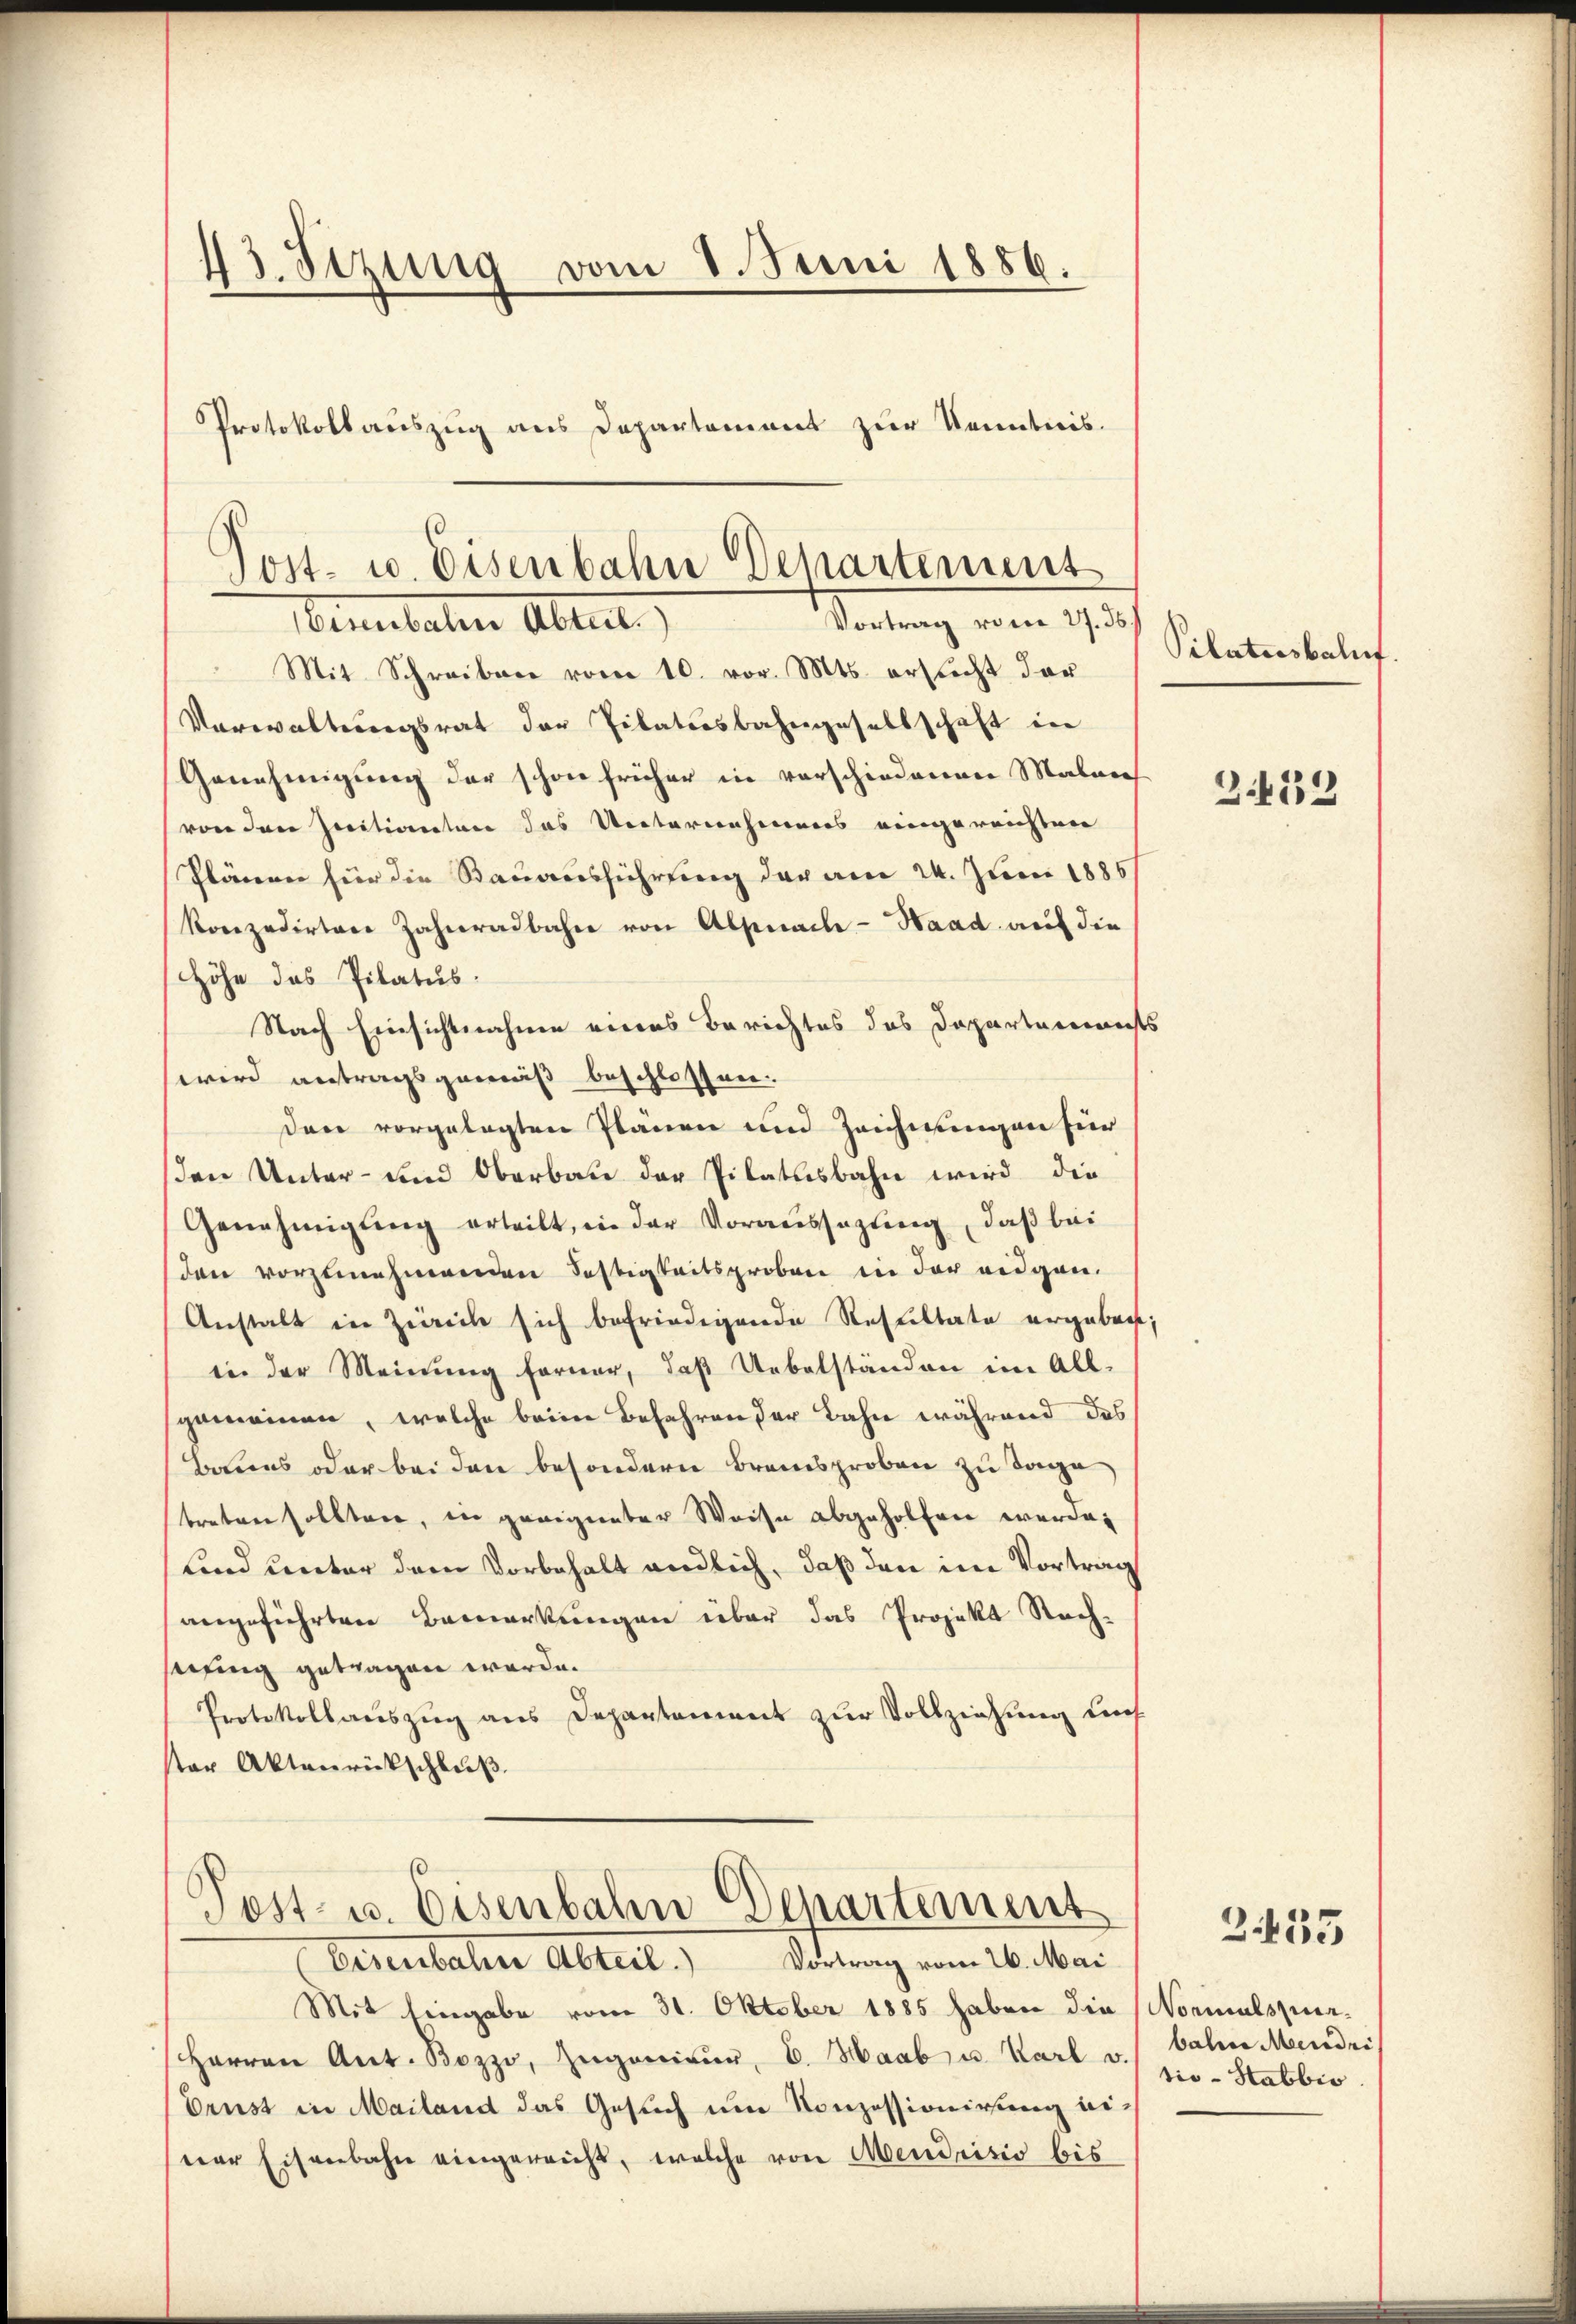
43. Sizung vom 8. Juni 1886.
Protokollauszug aus Departement zur Kenntnis.

Post- u. Eisenbahn Departement
Vortrag vom 27. 36
Menebaten Ableit

Mit Schreiben vom 10. vor. Mts. ersucht der
Verwaltungsrat der Tilatiosbahngesellschaft ein
Genehmigung der schon früher in vorschiedenen Maleres
von den Initianten das Unternehmens eingereichten
Plänen für die Stauausführung der am 24. Juni 1886
konzedirtere Zahnradbahn von Alpnach - Haad auf die
Höhe das Pilatus.
Nach Einsichtnahme eines Berichtes des Departements
wird antragsgemäß beschlossen.
den vorgelegten Plänen und Zeichnungen für
den Unter- und Oberbau der Pilatusbahn wird die
Genehmigŭng erteilt, in der Voraussagung, daß bei
den vorzunehmenden Festigkeitsproben in der eidgan¬
Anstalt in Zürich sich befriedigende Resultate ergeben;
in der Meinung ferner, daß Uebelständen im All-
sgemeinen, welche beim Befahren der Bahn während das
Baues oder bei den besondern Brandsproben zu Tage
treten sollten, in geeigneter Weise abgeholfen werde,
lind unter dem Vorbehalt endlich, daß den in Vortrag
angeführten Bemerkungen über das Projekt Nachlfing getragen werde.
Protokollauszug aus Departement zur Vollziehung uns
ter Aktenrückschluß.

Post- u. Eisenbahn Departement

Eisenbaten Abteil) Vortrag vom 26. Mai
Mit Eingabe vom 31. Oktober 1885 haben die Normalspur-
Herren Ant. Bozzo, Zugenieur, E. Haab u. Karl v. Balm Mendri
Erust in Mailand das Gesuch um Konzessionirung einer Eisenbahn eingereicht, welche von Mendrisis bis

Pilatusbaluf.

3452

2435

tio- Stabbio